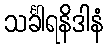
သင်္ခါရနိဒါနံ